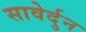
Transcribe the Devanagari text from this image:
सावेर्दुन